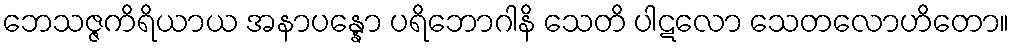
ဘေသဇ္ဇကိရိယာယ အနာပန္နော ပရိဘောဂါနိ သေတိ ပါဋလော သေတလောဟိတော။